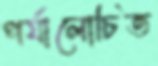
পর্যালোচিত